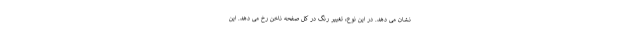
نشان می دهد. در این نوع، تغییر رنگ در کل صفحه ناخن رخ می دهد. این